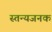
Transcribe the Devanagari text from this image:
स्तन्यजनक